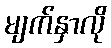
မျက်နှာလို